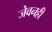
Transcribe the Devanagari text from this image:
जेवनही